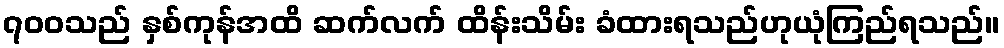
၇၀၀သည် နှစ်ကုန်အထိ ဆက်လက် ထိန်းသိမ်း ခံထားရသည်ဟုယုံကြည်ရသည်။